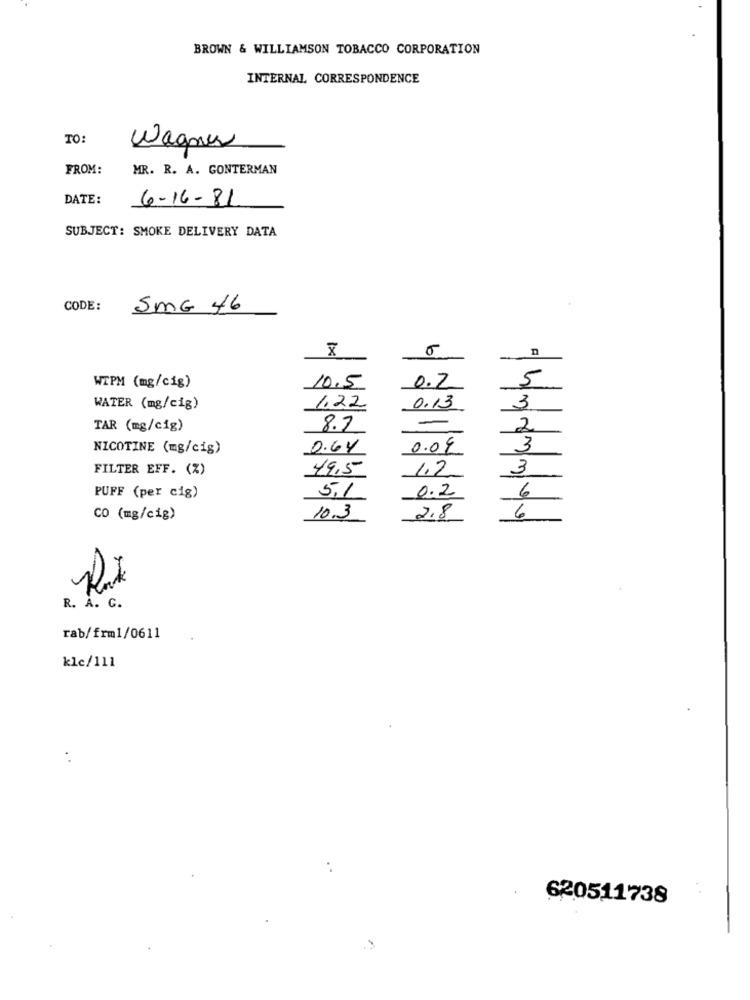
BROWN & WILLIAMSON TOBACCO CORPORATION
INTERNAL CORRESPONDENCE
TO:
Wagner
FROM:
MR. R. A. GONTERMAN
DATE:
6-16-81
SUBJECT: SMOKE DELIVERY DATA
CODE:
SmG 46
x
5
WIPM (mg/cig)
10.5
0.7
1,22
WATER (mg/cig)
0.13
3
TAR (mg/cig)
8.7
2
NICOTINE (mg/cig)
0.64
0.09
3
FILTER EFF. (%)
49.5
1.2
3
0.2
6
PUFF (per cig)
5.1
CO (mg/cig)
10.3
2.8
6
R. A. C.
rab/frm1/0611
kle/111
. .
620511738